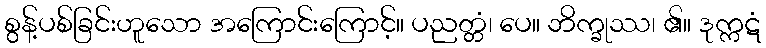
စွန့်ပစ်ခြင်းဟူသော အကြောင်းကြောင့်။ ပညတ္တံ၊ ပေ။ ဘိက္ခုဿ၊ ၏။ ဒုက္ကဋံ